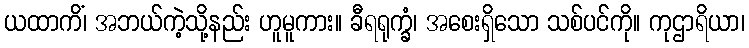
ယထာကိံ၊ အဘယ်ကဲ့သို့နည်း ဟူမူကား။ ခီရရုက္ခံ၊ အစေးရှိသော သစ်ပင်ကို။ ကုဌာရိယာ၊